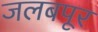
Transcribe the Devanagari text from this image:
जलबपूर